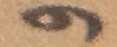
و